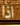
اذا